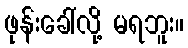
ဖုန်းခေါ်လို့ မရဘူး။